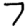
Digit: 7